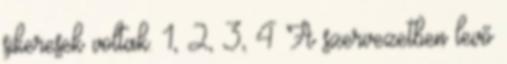
sikeresek voltak. 1, 2, 3, 4 A szervezetben levő